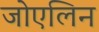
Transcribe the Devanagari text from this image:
जोएलिन